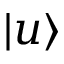
| u \rangle